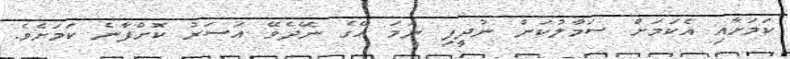
ކަމަށާއި އެކަމަށް ސަމާލުކަން ނުދީފި ނަމަ އޭގެ ނޭދެވޭ އަސަރު ކޮށްފާނެ ކަމަށެވެ.